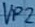
Text: VP2